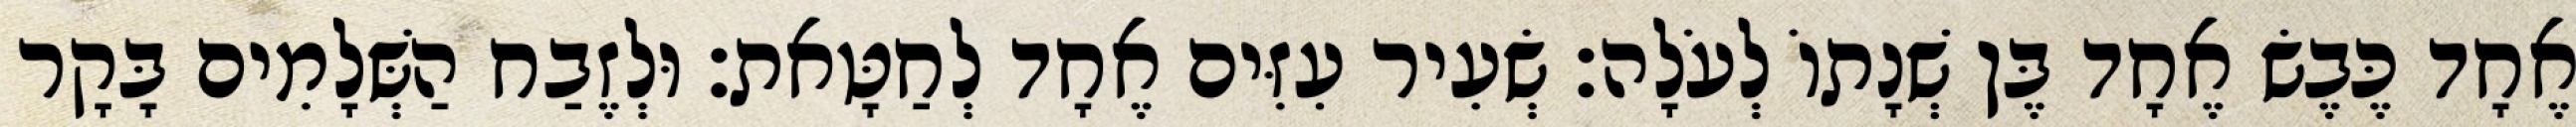
אֶחָד כֶּבֶשׂ אֶחָד בֶּן שְׁנָתוֹ לְעֹלָה׃ שְׂעִיר עִזִּים אֶחָד לְחַטָּאת׃ וּלְזֶבַח הַשְּׁלָמִים בָּקָר